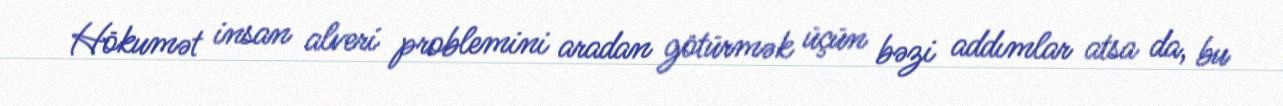
Hökumət insan alveri problemini aradan götürmək üçün bəzi addımlar atsa da, bu